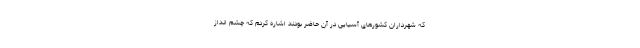
که شهرداران کشورهای آسیایی در آن حاضر بودند اشاره کردم که چشم انداز